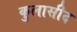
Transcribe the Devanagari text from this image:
कुलासीद